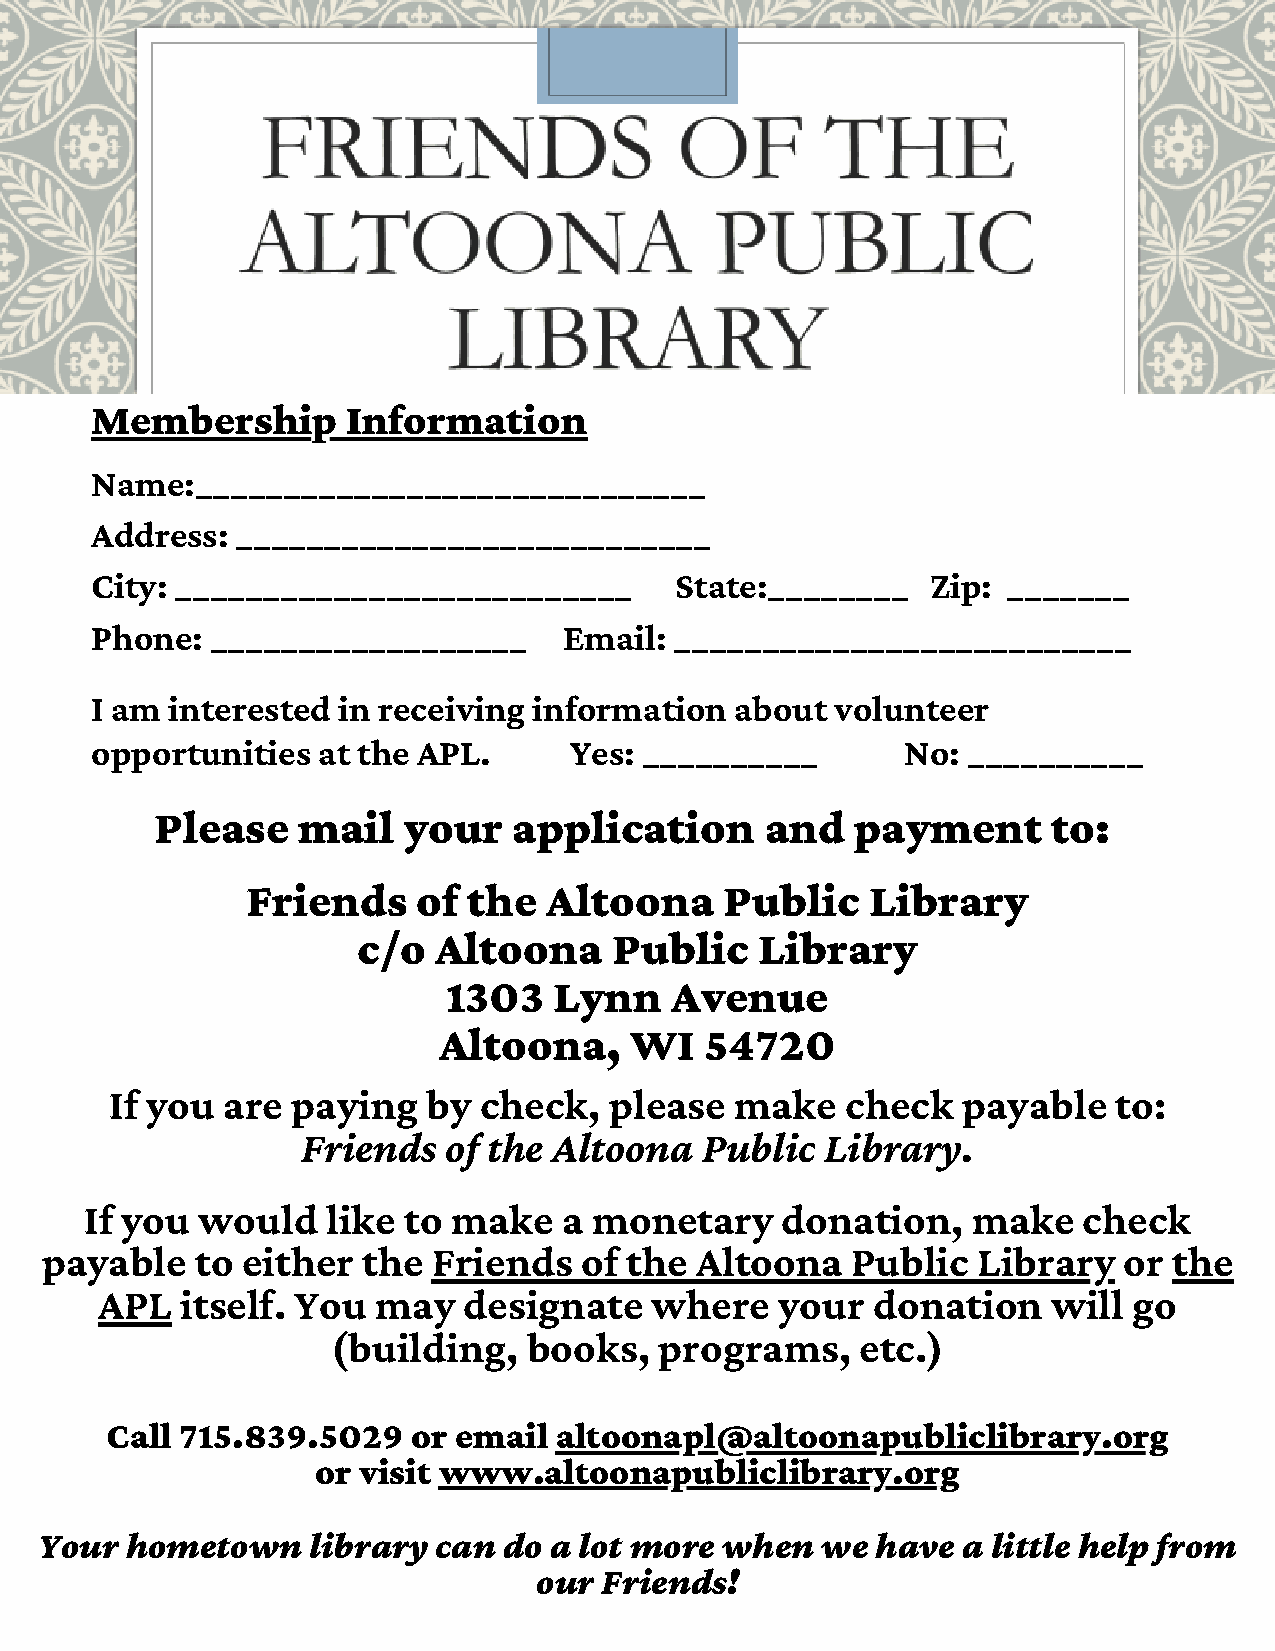
Membership       Information
 Name:_____________________________
 Address:  ___________________________
 City: __________________________       State:________   Zip: _______
 Phone:  __________________     Email:  __________________________
 I am interested in receiving information   about volunteer
 opportunities  at the APL.      Yes: __________       No: __________
 Please    mail   your   application      and   payment      to:
 Friends     of the  Altoona     Public    Library
 c/o  Altoona     Public   Library
 1303   Lynn   Avenue
 Altoona,     WI   54720
 If you  are paying   by  check,  please   make   check   payable   to:
 Friends  of the  Altoona  Public   Library.
 If you would    like to make   a monetary     donation,   make    check
 payable   to either  the  Friends  of the  Altoona   Public   Library  or  the
 APL   itself. You  may   designate   where    your  donation    will go
 (building,   books,   programs,    etc.)
 Call 715.839.5029   or email  altoonapl@altoonapubliclibrary.org
 or visit www.altoonapubliclibrary.org
 Your hometown    library  can do a lot more  when  we  have  a little help from
 our Friends!